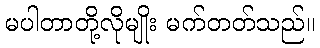
မပါတာတို့လိုမျိုး မက်တတ်သည်။